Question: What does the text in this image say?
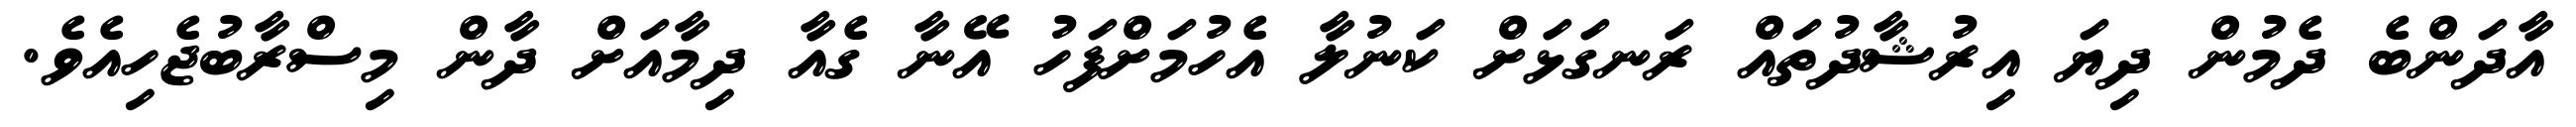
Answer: އާދަންބެ ދެމުން ދިޔަ އިރުޝާދުތައް ރަނގަޅަށް ކަނުލާ އެހުމަށްފަހު އޭނާ ގެއާ ދިމާއަށް ދާން މިސްރާބުޖެހިއެވެ.